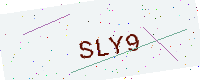
Text: SLY9